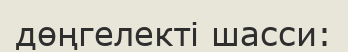
дөңгелекті шасси: